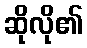
ဆိုလို၏